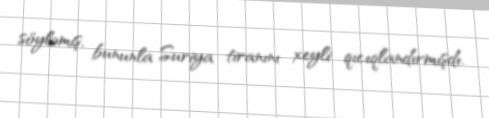
söyləmiş, bununla Suriya tiranını xeyli qıcıqlandırmışdı.